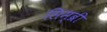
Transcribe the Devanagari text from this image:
सिम्ब्री